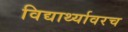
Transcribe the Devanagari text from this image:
विद्यार्थ्यावरच